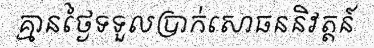
គ្មានថ្ងៃទទួលប្រាក់សោធននិវត្តន៍